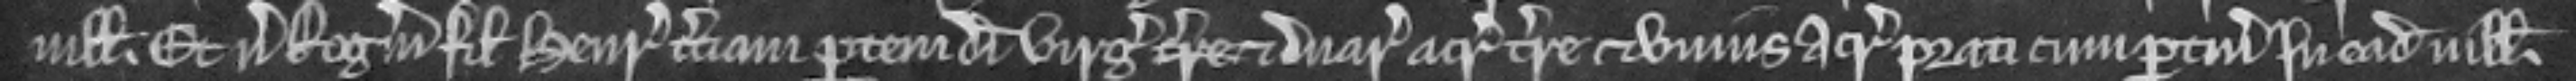
villa. Et versus Rogerum filium Henrici terciam partem dimidie virgate terre et duarum acrarum terre et unius acre prati cum pertinenciis in eadem villa.